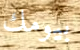
بيومك